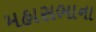
મહાસભાના